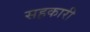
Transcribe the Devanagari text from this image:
सह़कारी